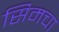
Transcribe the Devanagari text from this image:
सिमचा